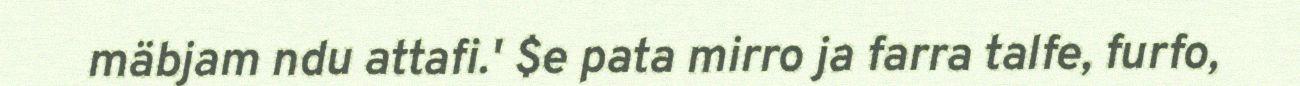
mäbjam ndu attafi.' $e pata mirro ja farra talfe, furfo,